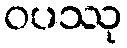
ဝပဿု